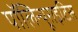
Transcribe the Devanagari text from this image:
पॉलिन्यूराइटिस